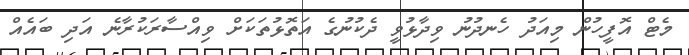
މެޓް އޮފީހުން މިއަދު ހެނދުނު ވިދާޅުވީ ދެކުނުގެ އަތޮޅުތަކަށް ވިއްސާރަކުރާނެ އަދި ބައެއް